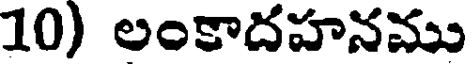
10) లంకాదహనము